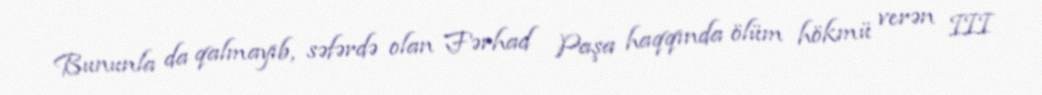
Bununla da qalmayıb, səfərdə olan Fərhad Paşa haqqında ölüm hökmü verən III